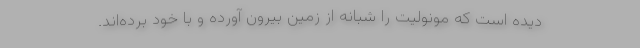
دیده است که مونولیت را شبانه از زمین بیرون آورده و با خود برده‌اند.